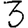
Digit: 3